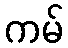
ကမ်